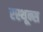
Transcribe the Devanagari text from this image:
रस्थून्स